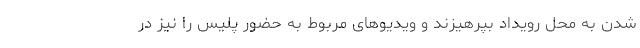
شدن به محل رویداد بپرهیزند و ویدیوهای مربوط به حضور پلیس را نیز در